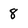
Character: 8